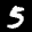
Label: 5